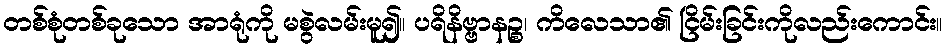
တစ်စုံတစ်ခုသော အာရုံကို မစွဲလမ်းမူ၍။ ပရိနိဗ္ဗာနဉ္စ၊ ကိလေသာ၏ ငြိမ်းခြင်းကိုလည်းကောင်း။